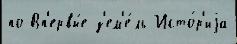
по Вп'ервы́е з'ем'е́ль Исто́р'иjа